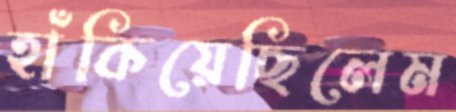
হাঁকিয়েছিলেম